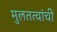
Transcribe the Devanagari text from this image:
मुलतत्वांची